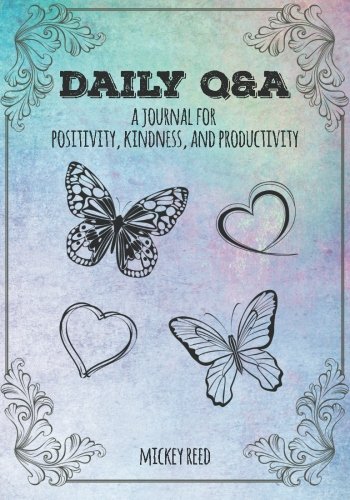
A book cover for Daily Q&A: A Journal for Positivity, Kindness, and Productivity; Mickey Reed; Self-Help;